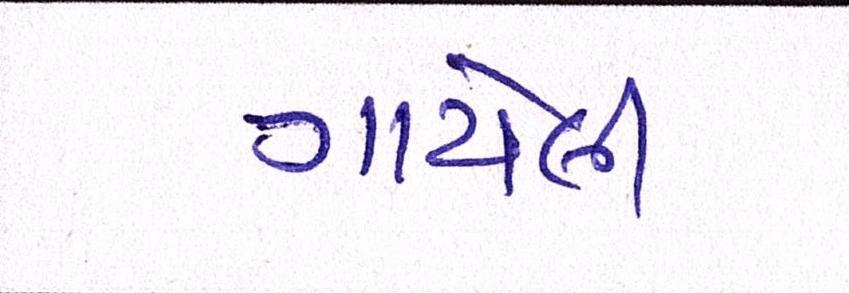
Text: ગાયેલી